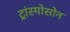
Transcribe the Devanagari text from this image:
ट्रांस्पोसोन